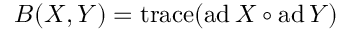
B ( X , Y ) = \operatorname { t r a c e } ( \operatorname { a d } X \circ \operatorname { a d } Y )